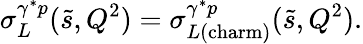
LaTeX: \sigma_{L}^{\gamma^{*}p}(\tilde{s},Q^{2})=\sigma_{L(\mathrm{charm})}^{\gamma^{*}p}(\tilde{s},Q^{2}).